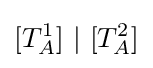
[T_{A}^{1}]~|~[T_{A}^{2}]